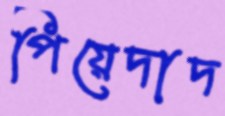
পিয়েদাদ